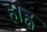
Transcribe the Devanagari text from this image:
हाह्न